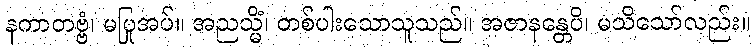
နကာတဗ္ဗံ၊ မပြုအပ်။ အညသ္မိံ၊ တစ်ပါးသောသူသည်။ အဇာနန္တေပိ၊ မသိသော်လည်း။